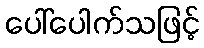
ပေါ်ပေါက်သဖြင့်